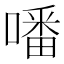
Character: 噃